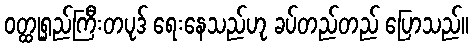
ဝတ္ထုရှည်ကြီးတပုဒ် ရေးနေသည်ဟု ခပ်တည်တည် ပြောသည်။